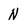
Character: N